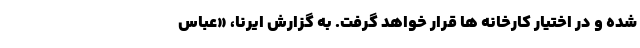
شده و در اختیار کارخانه ها قرار خواهد گرفت. به گزارش ایرنا، «عباس